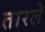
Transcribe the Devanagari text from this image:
तारले